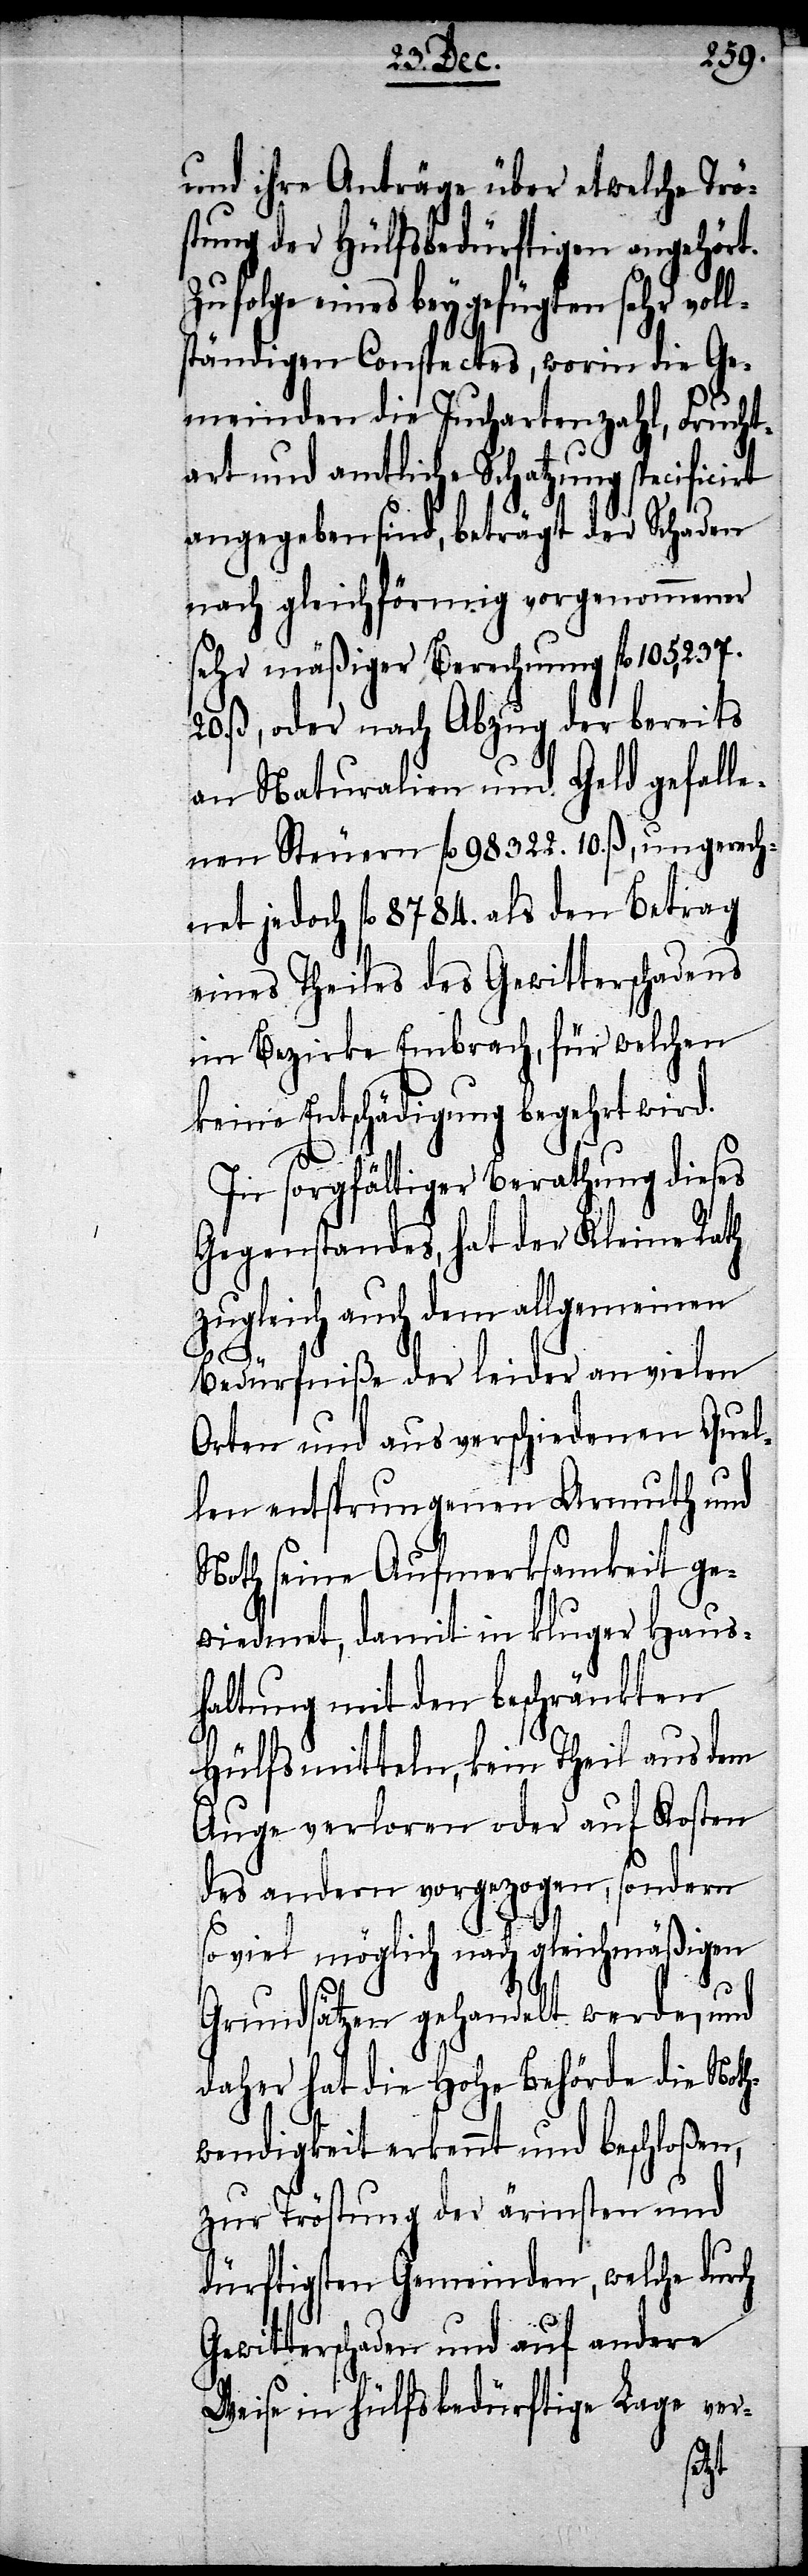
und ihre Anträge über etwelche Trö¬
stung der Hülfsbedürftigen angehört.
ügten sehr vol¬
lständigen Conspectes, worin die Ge¬
meinden die Juchartenzahl, Frucht¬
art und amtliche Schatzung specific¬
angegeben sind, beträgt der Schaden
nach gleichförming vorgenommener
sehr mäßiger Berechnung fl. 105,237.
20. ß, oder nach Abzug der bereits
an Naturalien und Geld gefalle¬
nen Steuern fl. 98322. 10. ß, ungerech¬
net jedoch fl. 8784. als den Betrag
eines Theiles des Gewitterschadens
im Bezirke Embrach, für welchen
keine Entschädigung begehrt wird.
In sorgfältiger Berathung dieses
Gegenstandes, hat der Kleine Rath
zugleich auch dem allgemeinen
Bedürfniße der leider an vielen
Orten und aus verschiedenen Quel¬
len entsprungenen Armuth und
Noth seine Aufmerksamkeit ge¬
wiedmet, damit in kluger Haus¬
haltung mit den beschränkten
Hülfsmitteln, kein Theil aus dem
Auge verloren oder Kosten
des andern vorgezogen, sondern
so viel möglich nach gleichmäßigen
Grundsätzen gehandelt werde, und
daher hat die Hohe Behörde die Noth¬
wendigkeit erkennt und beschloßen,
zur Tröstung der ärmsten und
dürftigsten Gemeinden, welche durch
Gewitterschaden und auf andere
Weise in Hülfsbedürftige Lage ver-
irt